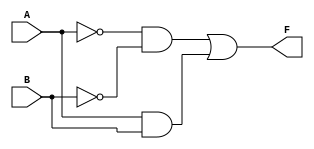
module two_variable_kmap (
    input wire A,  // First binary input
    input wire B,  // Second binary input
    output wire F  // Output Boolean function
);

// Define the K-map logic
assign F = (~A & ~B) | (A & B); // Example: F = A'B' + AB

endmodule